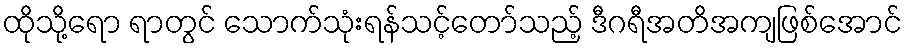
ထိုသို့ရော ရာတွင် သောက်သုံးရန်သင့်တော်သည့် ဒီဂရီအတိအကျဖြစ်အောင်